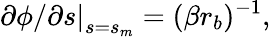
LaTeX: \left.{{\partial\phi}}/{\partial s}\right|_{s=s_{m}}=(\beta r_{b})^{-1},